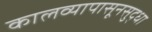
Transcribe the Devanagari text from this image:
कालव्यापासूनसुद्धा